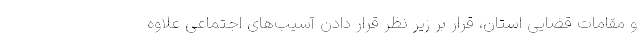
و مقامات قضایی استان، قرار بر زیر نظر قرار دادن آسیب‌های اجتماعی علاوه